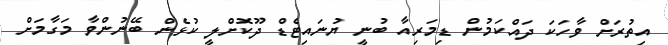
އިތުރަށް ވާހަކަ ދައްކަމުން ޑިމަރިއާ ބުނީ ޔުނައިޓެޑް ދޫކޮށްލީ ކުޅެން ބޭނުންވާ މަގާމަށް